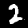
Digit: 2